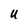
Character: U